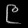
Digit: ၉